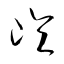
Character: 崘